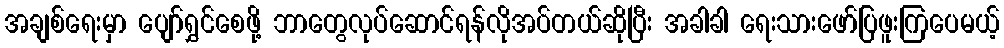
အချစ်ရေးမှာ ပျော်ရွှင်စေဖို့ ဘာတွေလုပ်ဆောင်ရန်လိုအပ်တယ်ဆိုပြီး အခါခါ ရေးသားဖော်ပြဖူးကြပေမယ့်